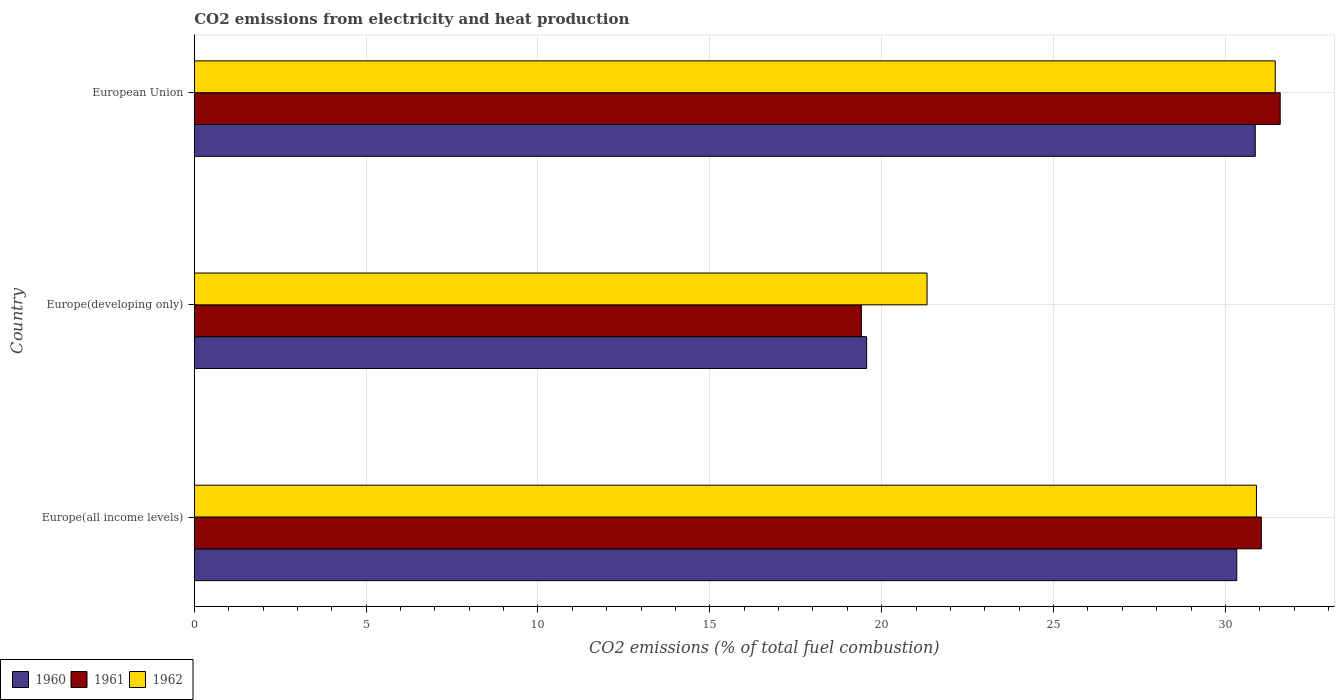
| Country | 1960 | 1961 | 1962 |
 | --- | --- | --- | --- |
 | Europe(all income levels) | 30.3 | 31 | 30.9 |
 | Europe(developing only) | 19.6 | 19.4 | 21.3 |
 | European Union | 30.9 | 31.6 | 31.5 |